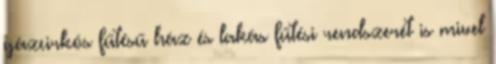
gázcirkós fűtésű ház és lakás fűtési rendszerét is mivel